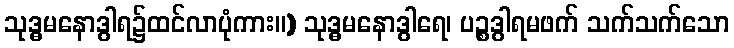
သုဒ္ဓမနောဒွါရ၌ထင်လာပုံကား။) သုဒ္ဓမနောဒွါရေ၊ ပဉ္စဒွါရမဖက် သက်သက်သော